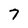
Character: 7